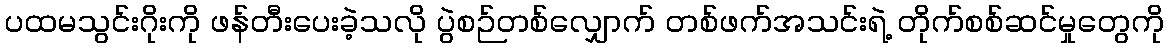
ပထမသွင်းဂိုးကို ဖန်တီးပေးခဲ့သလို ပွဲစဉ်တစ်လျှောက် တစ်ဖက်အသင်းရဲ့ တိုက်စစ်ဆင်မှုတွေကို